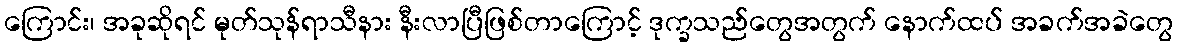
ကြောင်း၊ အခုဆိုရင် မုတ်သုန်ရာသီနား နီးလာပြီဖြစ်တာကြောင့် ဒုက္ခသည်တွေအတွက် နောက်ထပ် အခက်အခဲတွေ